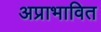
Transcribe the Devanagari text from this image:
अप्राभावित